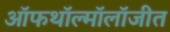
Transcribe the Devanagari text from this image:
ऑफथॉल्मॉलॉजीत